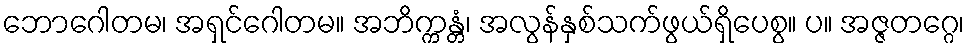
ဘောဂေါတမ၊ အရှင်ဂေါတမ။ အဘိက္ကန္တံ၊ အလွန်နှစ်သက်ဖွယ်ရှိပေစွ။ ပ။ အဇ္ဇတဂ္ဂေ၊